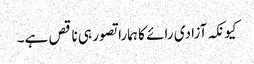
کیونکہ آزادی رائے کا ہمارا تصور ہی ناقص ہے۔